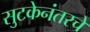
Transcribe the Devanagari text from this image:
सुटकेनंतरचे